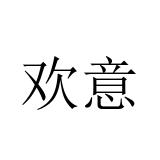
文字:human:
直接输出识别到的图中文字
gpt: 欢意